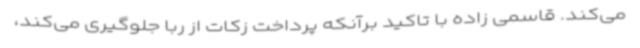
می‌کند. قاسمی زاده با تاکید برآنکه پرداخت زکات از ربا جلوگیری می‌کند،